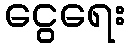
ငွေရေး